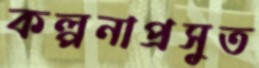
কল্পনাপ্রসুত